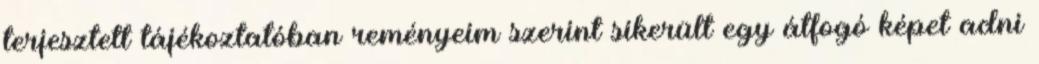
terjesztett tájékoztatóban reményeim szerint sikerült egy átfogó képet adni